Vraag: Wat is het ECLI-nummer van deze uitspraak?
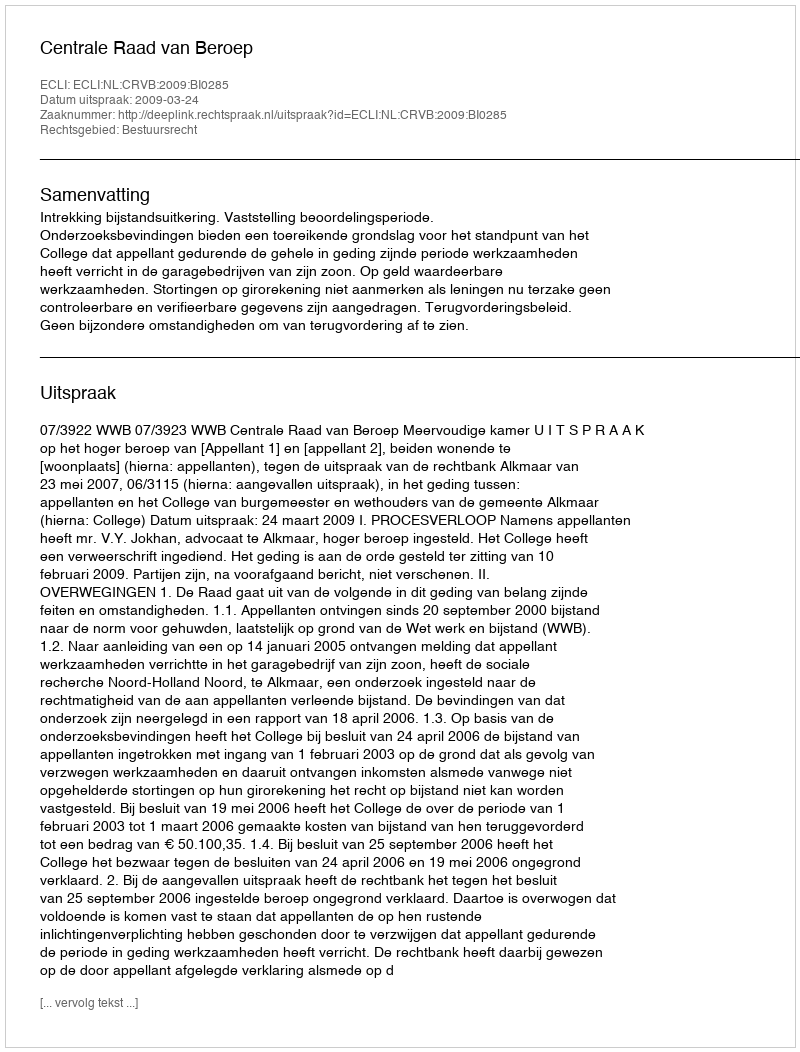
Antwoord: ECLI:NL:CRVB:2009:BI0285